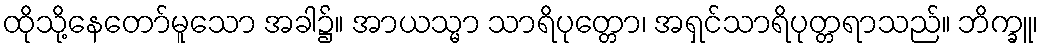
ထိုသို့နေတော်မူသော အခါ၌။ အာယသ္မာ သာရိပုတ္တော၊ အရှင်သာရိပုတ္တရာသည်။ ဘိက္ခူ၊